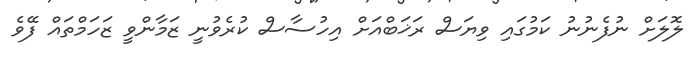
ލޮލަށް ނުފެނުނު ކަމުގައި ވިޔަސް ރަޚަބްއަށް އިހުސާސް ކުރެވުނީ ޒަމާންވީ ޒަހަމްތައް ފޭވެ